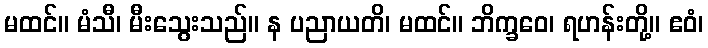
မထင်။ မံသီ၊ မီးသွေးသည်။ န ပညာယတိ၊ မထင်။ ဘိက္ခဝေ၊ ရဟန်းတို့။ ဧဝံ၊